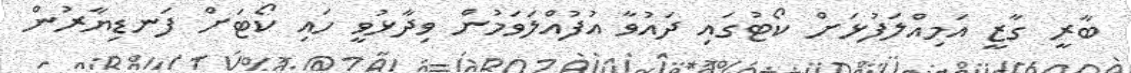
ބާރީ ގާޒީ އަމިއްލަފުޅަށް ކޯޓުގައި ދައުވާ އުފުއްލަވަމުން ވިދާޅުވީ ހައި ކޯޓަށް ފަނޑިޔާރުން